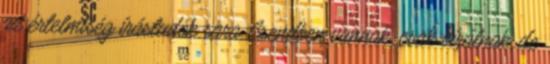
az értelmiség írástudók sara Csendben vannak, csak bírálnak, de